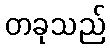
တခုသည်